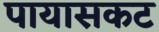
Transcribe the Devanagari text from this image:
पायासकट